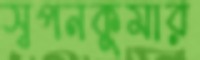
স্বপনকুমার